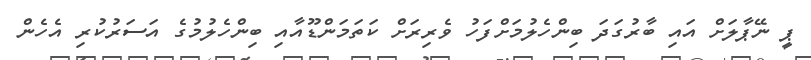
ޕީ ނޭޕާލަށް އައި ބާރުގަދަ ބިންހެލުމަށްފަހު ވެރިރަށް ކަތަމަންޑޫއާއި ބިންހެލުމުގެ އަސަރުކުރި އެހެން